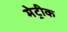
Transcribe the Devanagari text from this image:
मेट्रीक